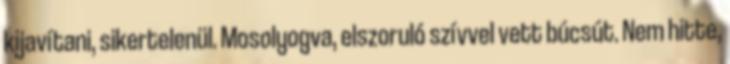
kijavítani, sikertelenül. Mosolyogva, elszoruló szívvel vett búcsút. Nem hitte,